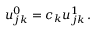
u _ { j k } ^ { 0 } = c _ { k } u _ { j k } ^ { 1 } \, .